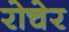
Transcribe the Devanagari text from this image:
रोचेर